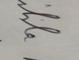
Signature authenticity: genuine